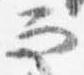
而